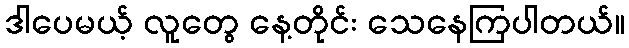
ဒါပေမယ့် လူတွေ နေ့တိုင်း သေနေကြပါတယ်။